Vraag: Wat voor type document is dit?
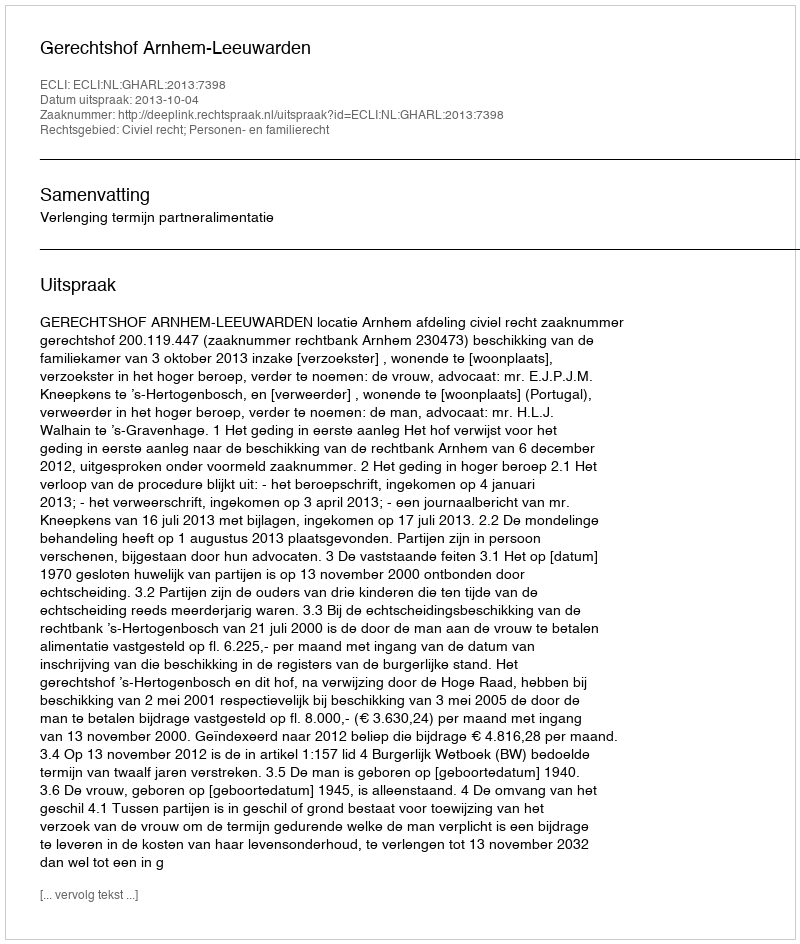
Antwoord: Uitspraak